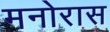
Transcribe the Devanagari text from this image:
मनोरास